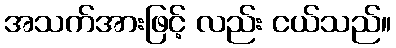
အသက်အားဖြင့် လည်း ငယ်သည်။